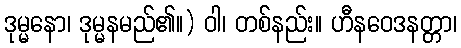
ဒုမ္မနော၊ ဒုမ္မနမည်၏။) ဝါ၊ တစ်နည်း။ ဟီနဝေဒနတ္တာ၊